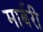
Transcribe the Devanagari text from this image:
मार्बरी